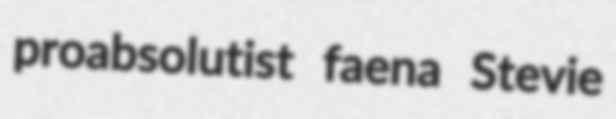
proabsolutist faena Stevie